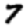
Digit: 7